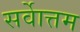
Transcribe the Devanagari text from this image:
सर्वाेत्तम